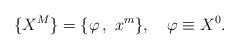
LaTeX: \begin{align*}\{X^M\}=\{\varphi\, ,\ x^m\},\quad \varphi\equiv X^0.\end{align*}